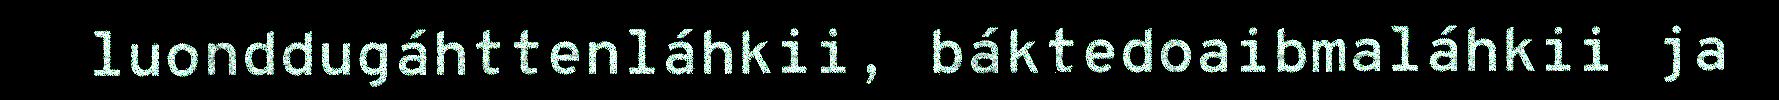
luonddugáhttenláhkii, báktedoaibmaláhkii ja